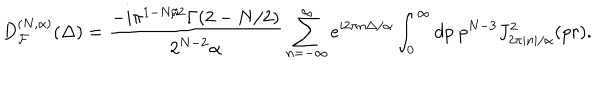
LaTeX: D _ { { \cal F } } ^ { ( N , \alpha ) } ( \Delta ) = \frac { - i \pi ^ { 1 - N / 2 } \Gamma ( 2 - N / 2 ) } { 2 ^ { N - 2 } \alpha } \sum _ { n = - \infty } ^ { \infty } e ^ { i 2 \pi n \Delta / \alpha } \int _ { 0 } ^ { \infty } d p \ p ^ { N - 3 } J _ { 2 \pi | n | / \alpha } ^ { 2 } ( p r ) .